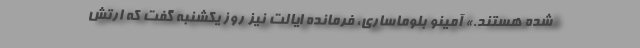
شده هستند.» آمینو بلوماساری، فرمانده ایالت نیز روز یکشنبه گفت که ارتش